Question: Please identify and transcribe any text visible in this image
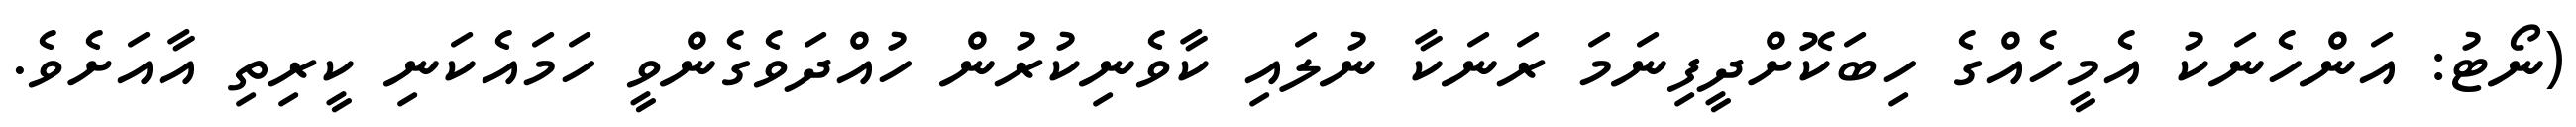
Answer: (ނޯޓު: އަންހެނަކު އެމީހެއްގެ ހިބަކޮށްދީފިނަމަ ރަނަކާ ނުލައި ކާވެނިކުރުން ހުއްދަވެގެންވީ ހަމައެކަނި ކީރިތި އާއަށެވެ.